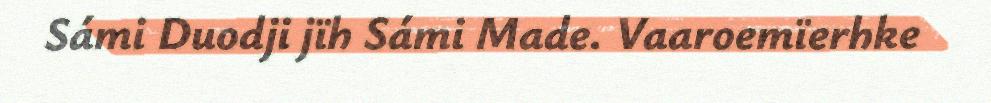
Sámi Duodji jïh Sámi Made. Vaaroemïerhke